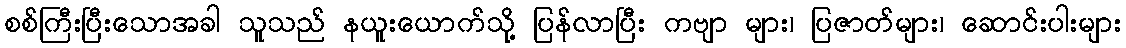
စစ်ကြီးပြီးသောအခါ သူသည် နယူးယောက်သို့ ပြန်လာပြီး ကဗျာ များ၊ ပြဇာတ်များ၊ ဆောင်းပါးများ